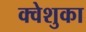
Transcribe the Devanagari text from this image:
क्वेशुका